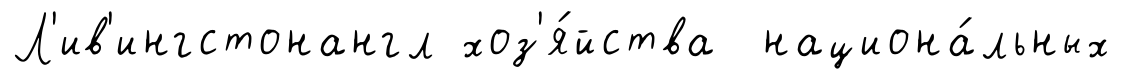
Л'ив'ингстонангл хоз'я́йства национа́льных